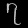
Digit: ၇